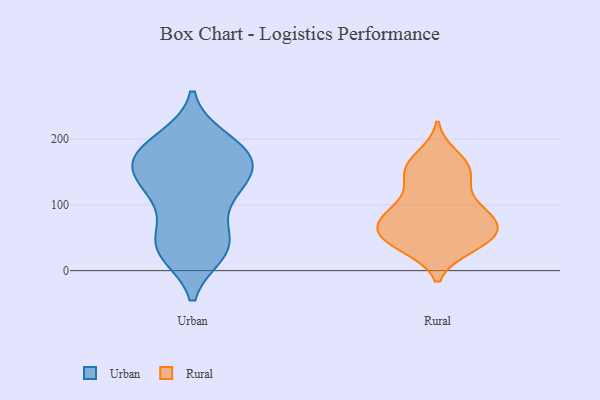
{"axis": {"x": "Tickets Resolved", "y": "Value"}, "legend": ["Rural", "Urban"], "data": [{"x": "", "y": 120, "type": "Urban"}, {"x": "", "y": 127, "type": "Urban"}, {"x": "", "y": 196, "type": "Urban"}, {"x": "", "y": 28, "type": "Urban"}, {"x": "", "y": 162, "type": "Urban"}, {"x": "", "y": 38, "type": "Urban"}, {"x": "", "y": 38, "type": "Urban"}, {"x": "", "y": 125, "type": "Urban"}, {"x": "", "y": 199, "type": "Urban"}, {"x": "", "y": 162, "type": "Urban"}, {"x": "", "y": 174, "type": "Urban"}, {"x": "", "y": 126, "type": "Urban"}, {"x": "", "y": 34, "type": "Urban"}, {"x": "", "y": 171, "type": "Urban"}, {"x": "", "y": 78, "type": "Urban"}, {"x": "", "y": 37, "type": "Urban"}, {"x": "", "y": 180, "type": "Urban"}, {"x": "", "y": 164, "type": "Urban"}, {"x": "", "y": 148, "type": "Rural"}, {"x": "", "y": 58, "type": "Rural"}, {"x": "", "y": 160, "type": "Rural"}, {"x": "", "y": 159, "type": "Rural"}, {"x": "", "y": 39, "type": "Rural"}, {"x": "", "y": 144, "type": "Rural"}, {"x": "", "y": 93, "type": "Rural"}, {"x": "", "y": 173, "type": "Rural"}, {"x": "", "y": 81, "type": "Rural"}, {"x": "", "y": 46, "type": "Rural"}, {"x": "", "y": 127, "type": "Rural"}, {"x": "", "y": 60, "type": "Rural"}, {"x": "", "y": 96, "type": "Rural"}, {"x": "", "y": 57, "type": "Rural"}, {"x": "", "y": 37, "type": "Rural"}, {"x": "", "y": 84, "type": "Rural"}, {"x": "", "y": 83, "type": "Rural"}, {"x": "", "y": 67, "type": "Rural"}, {"x": "", "y": 43, "type": "Rural"}]}